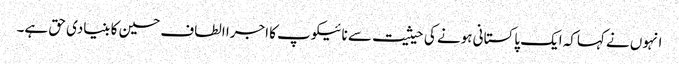
انہوں نے کہاکہ ایک پاکستانی ہونے کی حیثیت سے نائیکوپ کا اجرا الطاف حسین کا بنیادی حق ہے۔